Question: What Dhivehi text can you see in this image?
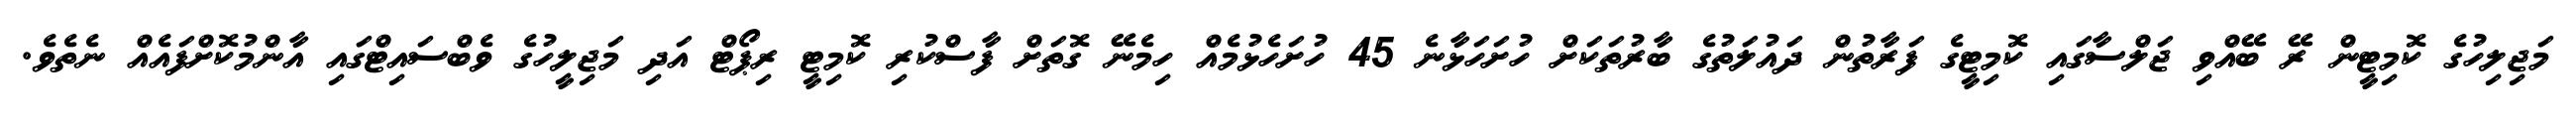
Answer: މަޖިލިހުގެ ކޮމިޓީން ރޭ ބޭއްވި ޖަލްސާގައި ކޮމިޓީގެ ފަރާތުން ދައުލަތުގެ ބާރުތަކަށް ހުށަހަޅާނެ 45 ހުށަހެޅުމެއް ހިމެނޭ ގޮތަށް ފާސްކުރި ކޮމިޓީ ރިޕޯޓް އަދި މަޖިލީހުގެ ވެބްސައިޓްގައި އާންމުކޮށްފައެއް ނެތެވެ.